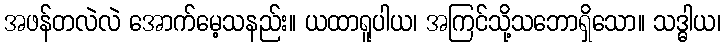
အဖန်တလဲလဲ အောက်မေ့သနည်း။ ယထာရူပါယ၊ အကြင်သို့သဘောရှိသော။ သဒ္ဓါယ၊